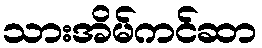
သားအိမ်ကင်ဆာ